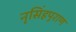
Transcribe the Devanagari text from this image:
नृसिंहपुराण